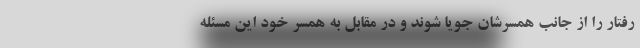
رفتار را از جانب همسرشان جویا شوند و در مقابل به همسر خود این مسئله